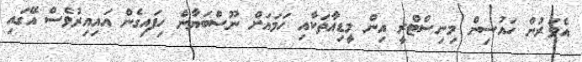
އެވަރުން ހައުސިން މިނިސްޓްރީ އިން މީޑިއާތަކާއި ހަމައަށް ނޫސްބަޔާން ހިފައިގެން އައިއިރުވެސް އޭގައި